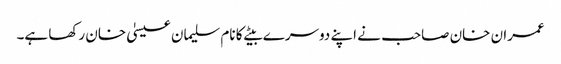
عمران خان صاحب نے اپنے دوسرے بیٹے کا نام سلیمان عیسیٰ خان رکھا ہے۔